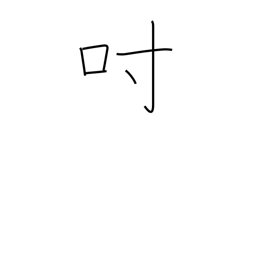
Meaning: inch